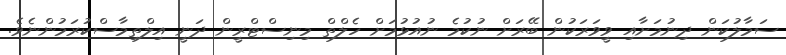
ސަމާލުކަން ދިނުމަށާއި ވީވަރަކުން ބޭރަށް ނުކުމެ ނުއުޅުމަށް ހެލްތް މިނިސްޓްރީން ދަނީ އިލްތިމާސްކުރަމުންނެވެ.